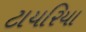
ટાયરિયા